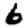
Digit: 6